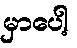
မှာပေါ့